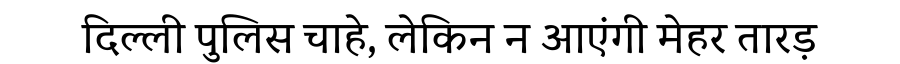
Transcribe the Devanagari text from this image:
दिल्ली पुलिस चाहे, लेकिन न आएंगी मेहर तारड़